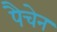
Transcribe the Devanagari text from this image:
पैचेन